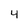
Character: 4